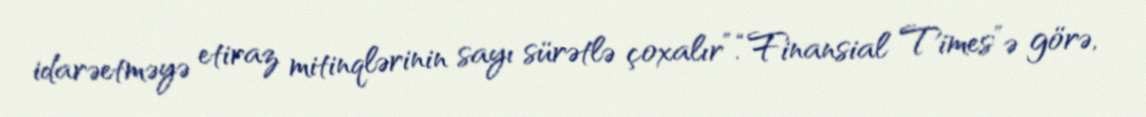
idarəetməyə etiraz mitinqlərinin sayı sürətlə çoxalır”.“Finansial Times”ə görə,